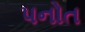
પનોત